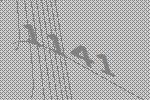
1141